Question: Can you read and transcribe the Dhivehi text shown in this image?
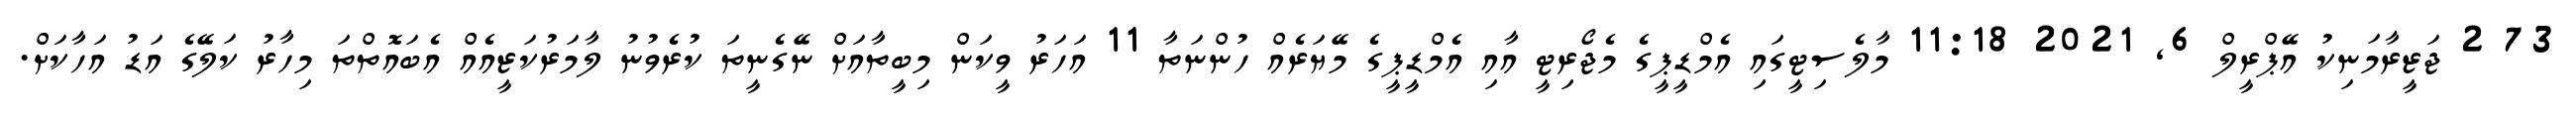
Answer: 73 2 ޖަޒީރާމަނިކު އޭޕްރީލް 6, 2021 11:18 މާލެސިޓީގައި އެމްޑީޕީގެ މެޖޯރިޓީ އާއި އެމްޑީޕީގެ މޭޔަރެއް ހުންނަތާ 11 އަހަރު ވީކަން މިބީތާއަށް ނޭގެނީތަ ކުރެވުނު ލާމަރުކަޒީއެއް އެބައޮތްތަ މިހާރު ކަލޭގެ އަޑު އަހާކަށް.